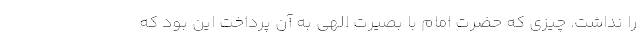
را نداشت. چیزی که حضرت امام با بصیرت الهی به آن پرداخت این بود که